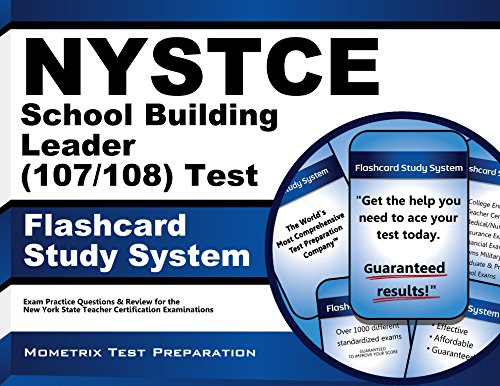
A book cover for NYSTCE School Building Leader (107/108) Test Flashcard Study System: NYSTCE Exam Practice Questions & Review for the New York State Teacher Certification Examinations; NYSTCE Exam Secrets Test Prep Team; Test Preparation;